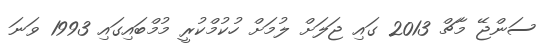
ސަންޖޭ މާޗް 2013 ގައި ޖަލަށް ލުމަށް ހުކުމްކުރީ މުމްބައިގައި 1993 ވަނަ